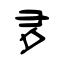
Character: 夛